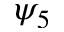
\psi _ { 5 }